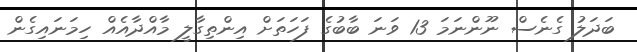
ބަދަލު ގެނެސް ނޫންނަމަ 13 ވަނަ ބާބުގެ ފަހަތަށް އިންތިގާލީ މާއްދާއެއް ހިމަނައިގެން